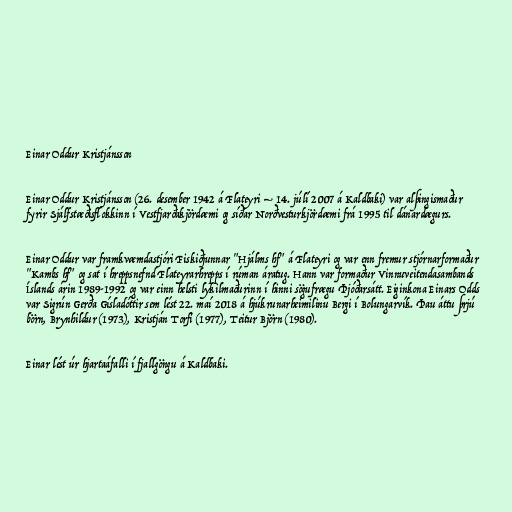
Einar Oddur Kristjánsson

Einar Oddur Kristjánsson (26. desember 1942 á Flateyri – 14. júlí 2007 á Kaldbaki) var alþingismaður
fyrir Sjálfstæðisflokkinn í Vestfjarðakjördæmi og síðar Norðvesturkjördæmi frá 1995 til dánardægurs.

Einar Oddur var framkvæmdastjóri Fiskiðjunnar "Hjálms hf" á Flateyri og var enn fremur stjórnarformaður
"Kambs hf" og sat í hreppsnefnd Flateyrarhrepps í rúman áratug. Hann var formaður Vinnuveitendasambands
Íslands árin 1989-1992 og var einn helsti lykilmaðurinn í hinni sögufrægu Þjóðarsátt. Eiginkona Einars Odds
var Sigrún Gerða Gísladóttir sem lést 22. maí 2018 á hjúkrunarheimilinu Bergi í Bolungarvík. Þau áttu þrjú
börn, Brynhildur (1973), Kristján Torfi (1977), Teitur Björn (1980).

Einar lést úr hjartaáfalli í fjallgöngu á Kaldbaki.